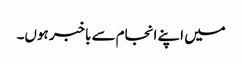
میں اپنے انجام سے باخبر ہوں۔